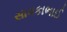
સાવકાભાઈ